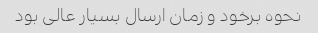
نحوه برخود و زمان ارسال بسیار عالی بود